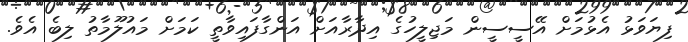
ފިޔަވަޅު އެޅުމަށް އޭސީސީން މަޖިލީހުގެ އިދާރާއަށް އަންގާފައިވާތީ ކަމަށް މައުލޫމާތު ލިބެ އެވެ.